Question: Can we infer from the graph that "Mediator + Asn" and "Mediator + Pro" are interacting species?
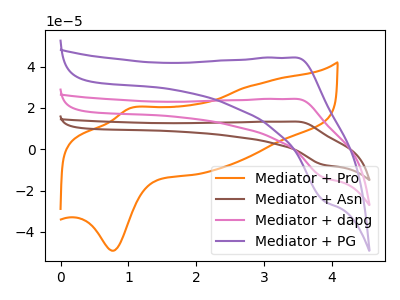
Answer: <think>The orange curve "Mediator + Pro" has an anodic peak at (1.00V, 19.90uA) and a cathodic peak at (0.75V, -49.10uA). The brown curve "Mediator + Asn" has an anodic peak at (3.50V, 48.75uA) and a cathodic peak at (3.90V, -27.50uA). The pink curve "Mediator + dapg" has an anodic peak at (3.50V, 24.40uA) and a cathodic peak at (3.90V, -13.75uA). The purple curve "Mediator + PG" has an anodic peak at (3.50V, 44.35uA) and a cathodic peak at (3.90V, -25.05uA).
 "Mediator + Asn" and "Mediator + Pro" have at least one peak that do not match.</think>
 <answer>Yes, "Mediator + Asn" and "Mediator + Pro" are different in shape.</answer>
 <eval>yes_change</eval>